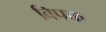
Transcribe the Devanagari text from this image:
विपक